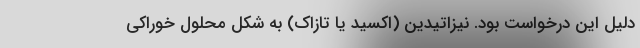
دلیل این درخواست بود. نیزاتیدین (اکسید یا تازاک) به شکل محلول خوراکی